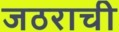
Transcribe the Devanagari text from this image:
जठराची